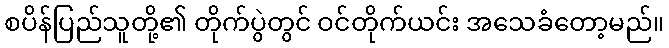
စပိန်ပြည်သူတို့၏ တိုက်ပွဲတွင် ဝင်တိုက်ယင်း အသေခံတော့မည်။